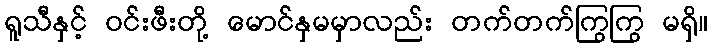
ရူသီနှင့် ဝင်းဖီးတို့ မောင်နှမမှာလည်း တက်တက်ကြွကြွ မရှိ။